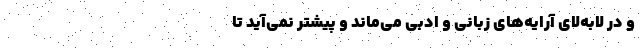
و در لابه‌لای آرایه‌های زبانی و ادبی می‌مانَد و پیشتر نمی‌آید تا